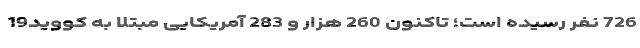
726 نفر رسیده است؛ تاکنون 260 هزار و 283 آمریکایی مبتلا به کووید19